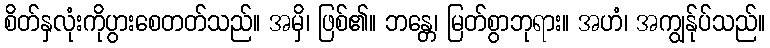
စိတ်နှလုံးကိုပွားစေတတ်သည်။ အမှိ၊ ဖြစ်၏။ ဘန္တေ၊ မြတ်စွာဘုရား။ အဟံ၊ အကျွန်ုပ်သည်။